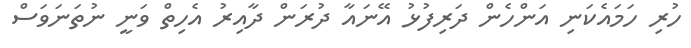
ހުރި ހަމައެކަނި އަންހެން ދަރިފުޅު އޭނައާ ދުރަން ދާއިރު އެހިތް ވަނީ ނުތަނަވަސް